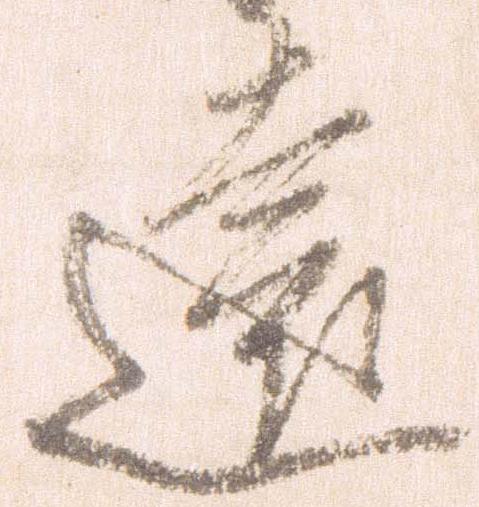
遠